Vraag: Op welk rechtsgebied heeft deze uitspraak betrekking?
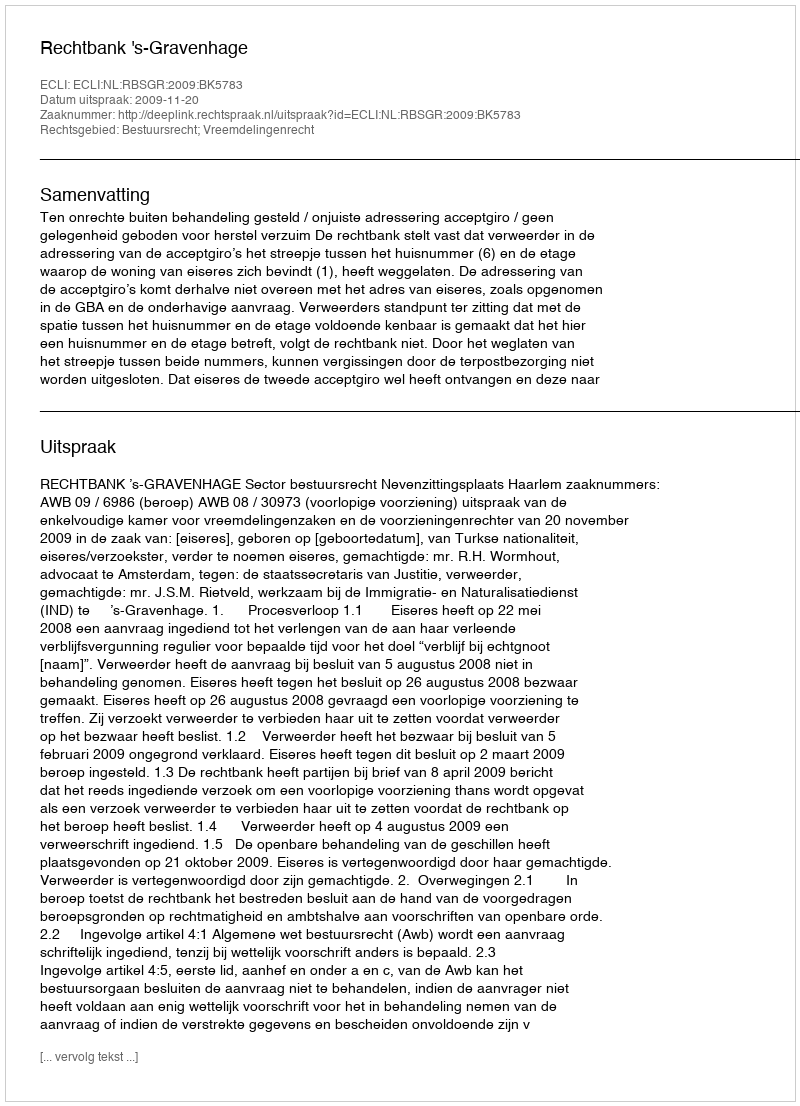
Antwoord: Bestuursrecht; Vreemdelingenrecht